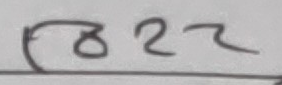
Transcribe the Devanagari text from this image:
१८२२